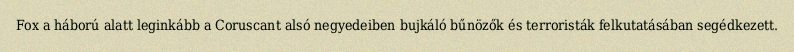
Fox a háború alatt leginkább a Coruscant alsó negyedeiben bujkáló bűnözők és terroristák felkutatásában segédkezett.